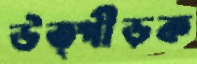
উত্পীড়ক